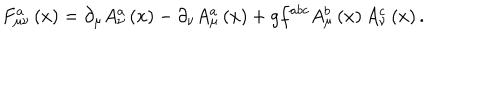
LaTeX: F _ { \mu \nu } ^ { a } \left( x \right) = \partial _ { \mu } A _ { \nu } ^ { a } \left( x \right) - \partial _ { \nu } A _ { \mu } ^ { a } \left( x \right) + g f ^ { a b c } A _ { \mu } ^ { b } \left( x \right) A _ { \nu } ^ { c } \left( x \right) .